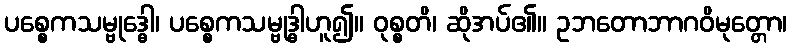
ပစ္စေကသမ္ဗုဒ္ဓေါ၊ ပစ္စေကသမ္ဗုဒ္ဓါဟူ၍။ ဝုစ္စတိ၊ ဆိုအပ်၏။ ဥဘတောဘာဂဝိမုတ္တော၊